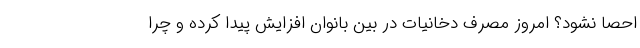
احصا نشود؟ امروز مصرف دخانیات در بین بانوان افزایش پیدا کرده و چرا